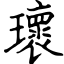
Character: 瓌